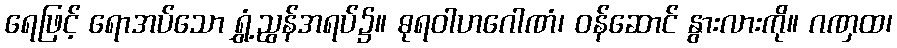
ရေဖြင့် ရောအပ်သော ရွှံ့ညွန်အရပ်၌။ ဓုရဝါဟဂေါဏံ၊ ဝန်ဆောင် နွားလားကို။ ဂဏှထ၊